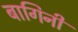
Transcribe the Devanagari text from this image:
बागिनी